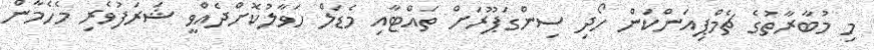
މި މުބާރާތުގެ ޗެމްޕިއަންކަން ހޯދި ސިންގަޕޫރަށް ތައްޓާއި މެޑަލް ހަވާލުކޮށްދެއްވީ ޝަރަފުވެރި މެހެމާން